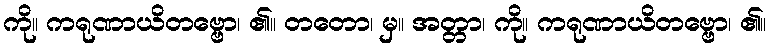
ကို။ ကရုဏာယိတဗ္ဗော၊ ၏။ တတော၊ မှ။ အတ္တာ၊ ကို။ ကရုဏာယိတဗ္ဗော၊ ၏။